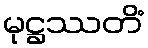
မုဋ္ဌဿတိံ